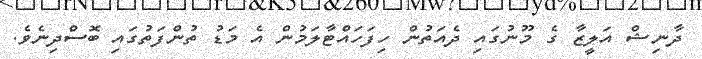
ދާނިޝް އަލީޒާ ގެ މޫނުގައި ދެއަތުން ހިފަހައްޓާލަމުން އެ މަޑު ތުންފަތުގައި ބޮސްދިނެވެ.